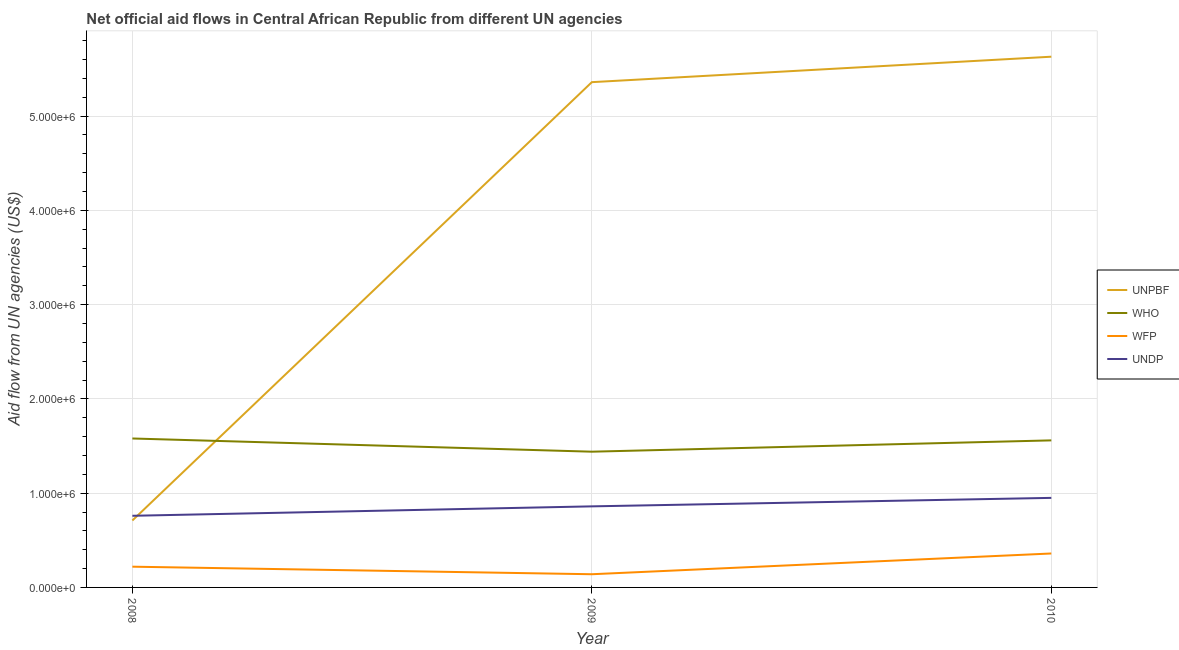
| Year | UNPBF | WHO | WFP | UNDP |
 | --- | --- | --- | --- | --- |
 | 2008 | 7.1e+05 | 1.58e+06 | 2.2e+05 | 7.6e+05 |
 | 2009 | 5.36e+06 | 1.44e+06 | 1.4e+05 | 8.6e+05 |
 | 2010 | 5.63e+06 | 1.56e+06 | 3.6e+05 | 9.5e+05 |